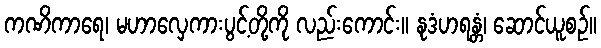
ကဏိကာရေ၊ မဟာလှေကားပွင့်တို့ကို လည်းကောင်း။ နုဒံဟရန္တံ၊ ဆောင်ယူစဉ်။